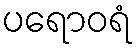
ပရောဝရံ